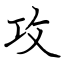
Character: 攻